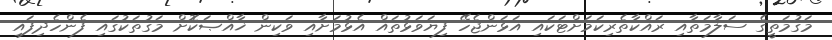
މަގުމަތީގެ ސަލާމަތާއި ރައްކާތެރިކަމަށްޓަކައި އަޅަންޖެހޭ ފިޔަވަޅުތައް އެޅުމަށާއި ވަކިން ޚާއްޞަކޮށް މަގުތަކުގައި ފެންހެދިފައި